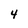
Character: 4